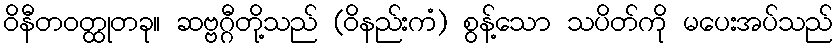
ဝိနီတဝတ္ထုတခု။ ဆဗ္ဗဂ္ဂီတို့သည် (ဝိနည်းကံ) စွန့်သော သပိတ်ကို မပေးအပ်သည်